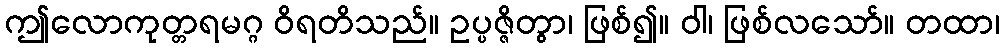
ဤလောကုတ္တရမဂ္ဂ ဝိရတိသည်။ ဥပ္ပဇ္ဇိတွာ၊ ဖြစ်၍။ ဝါ၊ ဖြစ်လသော်။ တထာ၊